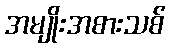
အမျိုးအစားသစ်